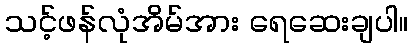
သင့်ဖန်လုံအိမ်အား ရေဆေးချပါ။